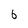
Character: 6